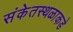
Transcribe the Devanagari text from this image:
संकेतस्थळाकडे